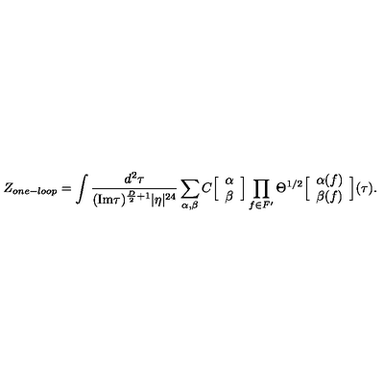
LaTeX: Z _ { o n e - l o o p } = \int { \frac { d ^ { 2 } \tau } { ( \mathrm { I m } \tau ) ^ { { \frac { D } { 2 } } + 1 } | \eta | ^ { 2 4 } } } \sum _ { \alpha , \beta } C \Big [ \begin{array} { c } { \alpha } \\ { \beta } \\ \end{array} \Big ] \prod _ { f \in F ^ { \prime } } \Theta ^ { 1 / 2 } \Big [ \begin{array} { c } { \alpha ( f ) } \\ { \beta ( f ) } \\ \end{array} \Big ] ( \tau ) .